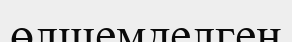
өлшемделген